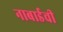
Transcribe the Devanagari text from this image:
नाबार्डची